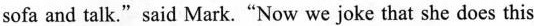
sofa and talk."said Mark."Now we joke that she does this